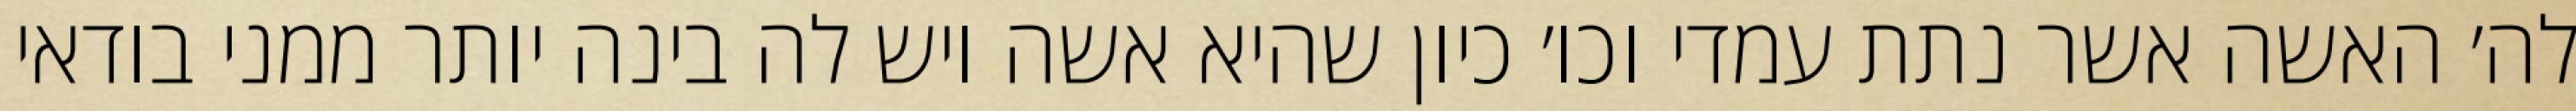
לה׳ האשה אשר נתת עמדי וכו׳ כיון שהיא אשה ויש לה בינה יותר ממני בודאי